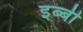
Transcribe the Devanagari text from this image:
इब्बी